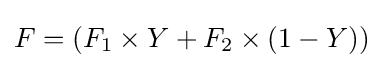
F=(F_{1}\times Y+F_{2}\times (1-Y))